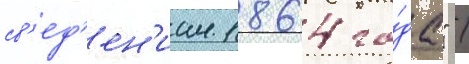
св'ед'ен'иам 1864 го́да" /